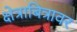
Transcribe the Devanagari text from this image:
क्षेत्राबित्रावर